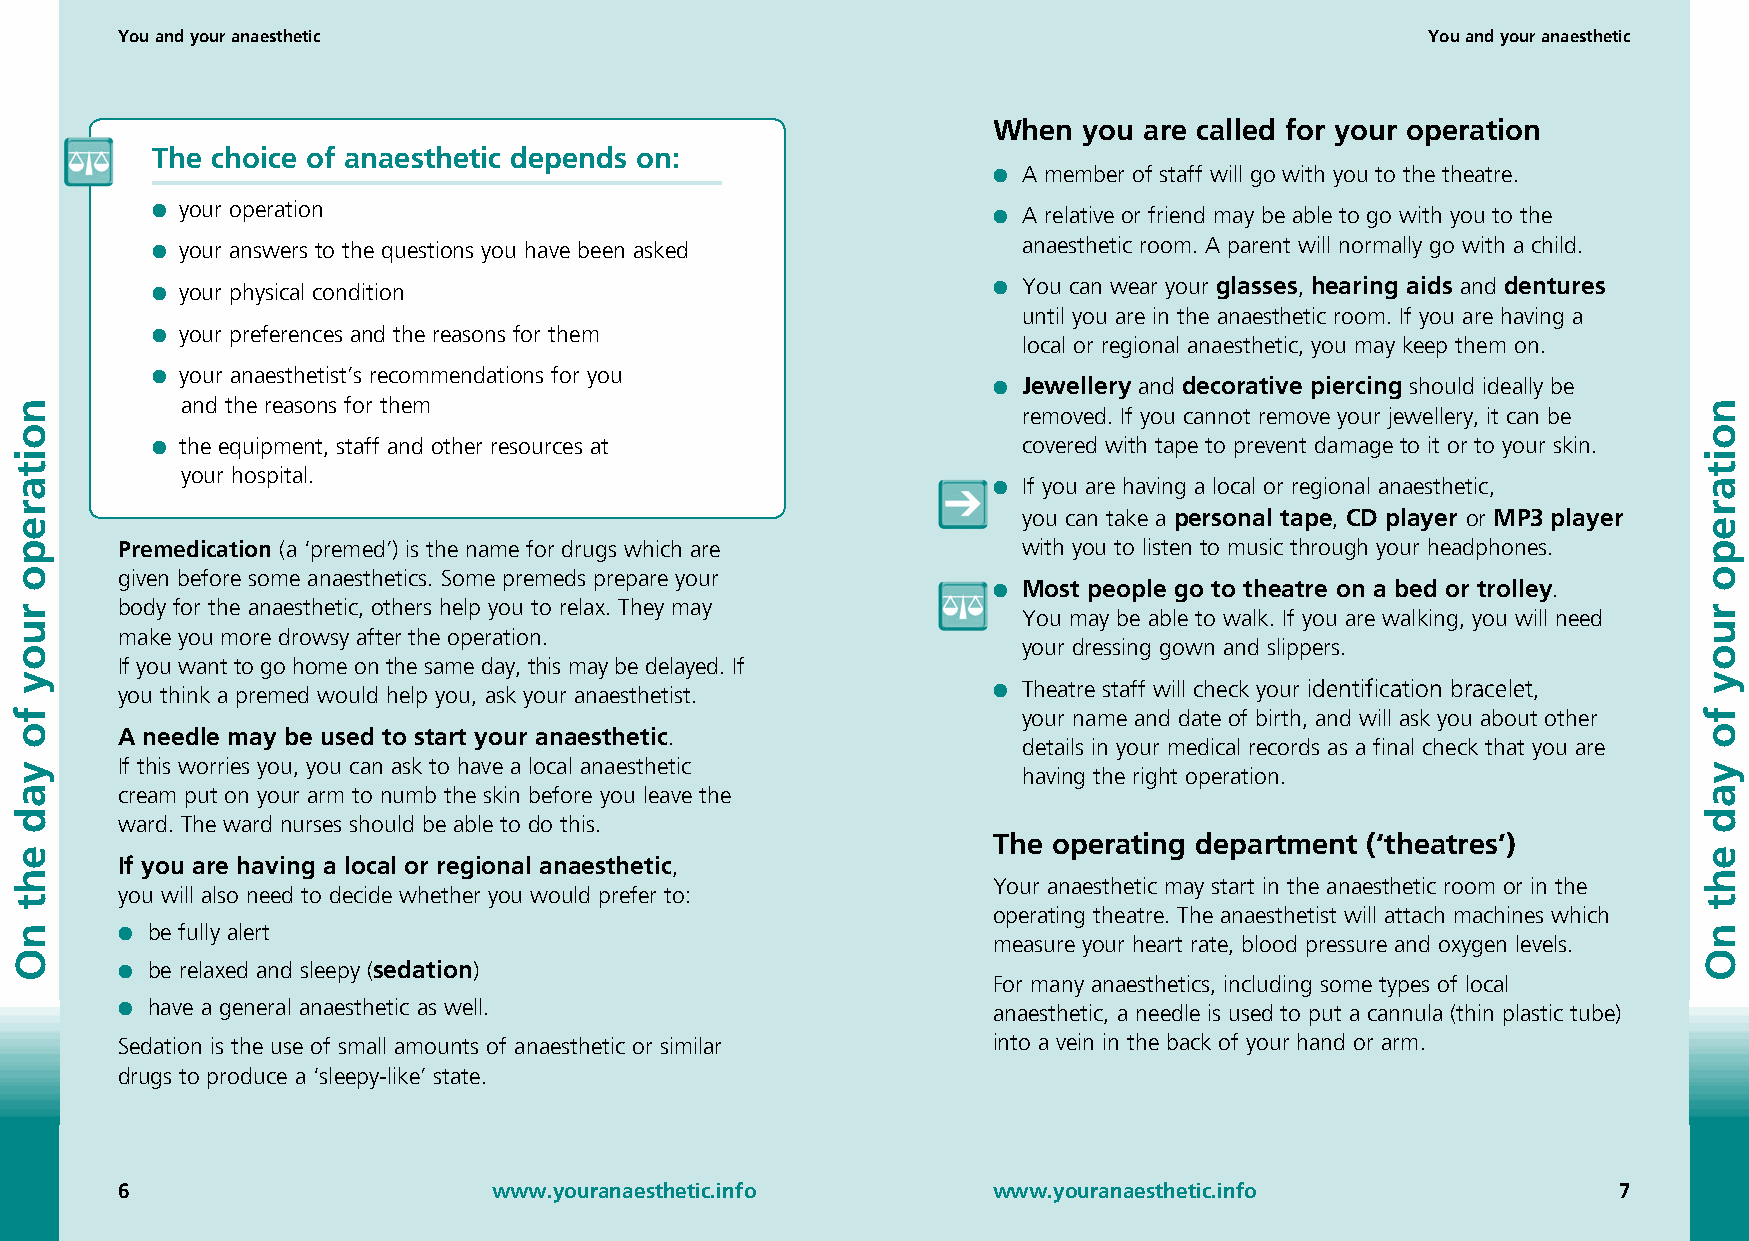
You and your anaesthetic                                                               You and your anaesthetic
 When  you are called for your operation
 The choice of anaesthetic depends on:
 ● A member of staff will go with you to the theatre.
 ● your operation                                        ● A relative or friend may be able to go with you to the
 ● your answers to the questions you have been asked       anaesthetic room. A parent will normally go with a child.
 ● your physical condition                               ● You can wear your glasses, hearing aids and dentures
 until you are in the anaesthetic room. If you are having a
 ● your preferences and the reasons for them
 local or regional anaesthetic, you may keep them on.
 ● your anaesthetist’s recommendations for you
 ● Jewellery and decorative piercing should ideally be
 and the reasons for them
 removed. If you cannot remove your jewellery, it can be
 ● the equipment, staff and other resources at             covered with tape to prevent damage to it or to your skin.
 your hospital.
 ● If you are having a local or regional anaesthetic,
 you can take a personal tape, CD player or MP player
 Premedication (a ‘premed’) is the name for drugs which are  with you to listen to music through your headphones.
 given before some anaesthetics. Some premeds prepare your
 ● Most people go to theatre on a bed or trolley.
 body for the anaesthetic, others help you to relax. They may You may be able to walk. If you are walking, you will need
 make you more drowsy after the operation.
 your dressing gown and slippers.
 If you want to go home on the same day, this may be delayed. If
 you think a premed would help you, ask your anaesthetist. ● Theatre staff will check your identification bracelet,
 your name and date of birth, and will ask you about other
 A needle may be used to start your anaesthetic.
 details in your medical records as a final check that you are
 If this worries you, you can ask to have a local anaesthetic having the right operation.
 cream put on your arm to numb the skin before you leave the
 ward. The ward nurses should be able to do this.
 The operating department (‘theatres’)
 If you are having a local or regional anaesthetic,
 Your anaesthetic may start in the anaesthetic room or in the
 you will also need to decide whether you would prefer to:
 operating theatre. The anaesthetist will attach machines which
 ● be fully alert
 measure your heart rate, blood pressure and oxygen levels.
 ● be relaxed and sleepy (sedation)
 For many anaesthetics, including some types of local
 ● have a general anaesthetic as well.                     anaesthetic, a needle is used to put a cannula (thin plastic tube)
 Sedation is the use of small amounts of anaesthetic or similar into a vein in the back of your hand or arm.
 drugs to produce a ‘sleepy-like’ state.
                         www.youranaesthetic.info         www.youranaesthetic.info                 
 noitarepo
 ruoy
 fo
 yad
 eht
 nO
 noitarepo
 ruoy
 fo
 yad
 eht
 nO